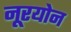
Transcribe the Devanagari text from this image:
नूरयोन